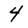
Character: 4